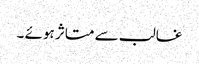
غالب سے متاثر ہوئے ۔